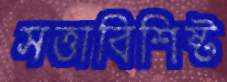
সত্তাবিশিষ্ট